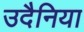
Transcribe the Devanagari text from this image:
उदैनिया